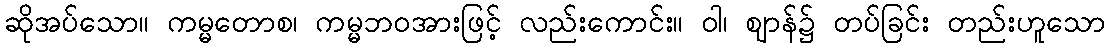
ဆိုအပ်သော။ ကမ္မတောစ၊ ကမ္မဘဝအားဖြင့် လည်းကောင်း။ ဝါ၊ ဈာန်၌ တပ်ခြင်း တည်းဟူသော